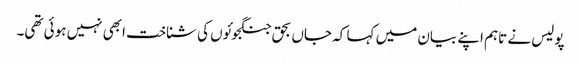
پولیس نے تاہم اپنے بیان میں کہا کہ جاں بحق جنگجوئوں کی شناخت ابھی نہیں ہوئی تھی۔